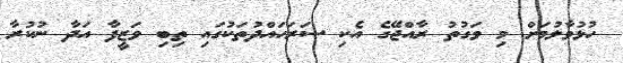
ހުޅުވާލުމަށް މި ވަގުތު ރާއްޖޭގެ އެކި ސަރަހައްދުތަކުގައި ތިބި ވަޒީފާ އަދާ ނުކުރާ